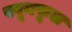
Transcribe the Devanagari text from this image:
स्पूनफूल